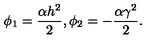
\phi _ { 1 } = \frac { \alpha h ^ { 2 } } { 2 } , \phi _ { 2 } = - \frac { \alpha \gamma ^ { 2 } } { 2 } .